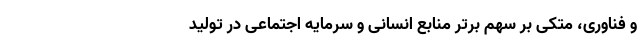
و فناوری، متکی بر سهم برتر منابع انسانی و سرمایه اجتماعی در تولید